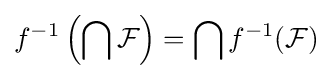
f^{-1}\left(\bigcap {\mathcal {F}}\right)=\bigcap f^{-1}({\mathcal {F}})